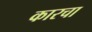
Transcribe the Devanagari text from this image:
कारचा